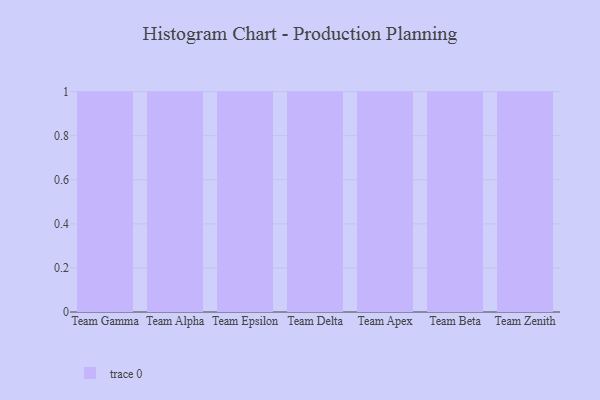
{"axis": {"x": "Team", "y": "Energy Usage (MWh)"}, "legend": [""], "data": [{"x": "Team Gamma", "y": 52, "type": ""}, {"x": "Team Alpha", "y": 64, "type": ""}, {"x": "Team Epsilon", "y": 97, "type": ""}, {"x": "Team Delta", "y": 58, "type": ""}, {"x": "Team Apex", "y": 64, "type": ""}, {"x": "Team Beta", "y": 70, "type": ""}, {"x": "Team Zenith", "y": 26, "type": ""}]}